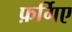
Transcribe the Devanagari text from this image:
फ़र्गिए